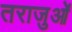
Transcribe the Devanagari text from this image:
तराजुओं